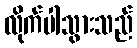
လိုက်ပါသွားသည်